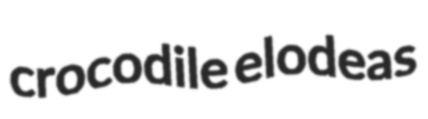
crocodile elodeas